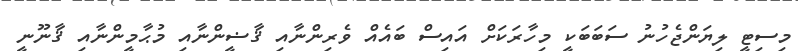
މިސިޓީ ލިޔަންޖެހުނު ސަބަބަކީ މިހާރަކަށް އައިސް ބައެއް ވެރިންނާއި ޤާޟީންނާއި މުޙާމީންނާއި ޤާނޫނީ